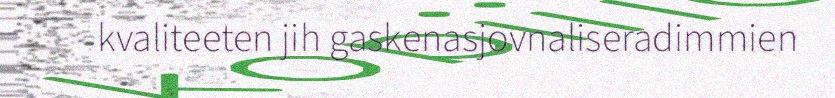
kvaliteeten jih gaskenasjovnaliseradimmien